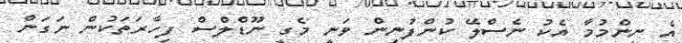
އެ ނިންމުމާ އެކު ނެސްލޭ ކުންފުނިން ވަނީ މެގީ ނޫޑްލްސް ފިހާރަތަކުން ނަގަން